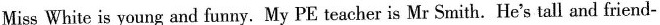
Miss White is young and funny. My PE teacher is Mr Smith. He's tall and friend-